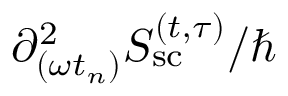
{ \partial _ { ( \omega t _ { n } ) } ^ { 2 } S _ { \mathrm { s c } } ^ { ( t , \tau ) } } / \hbar